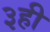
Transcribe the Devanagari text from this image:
३ही